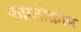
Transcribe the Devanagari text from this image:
फाय्तोक्रोम